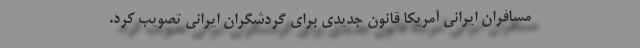
مسافران ایرانی آمریکا قانون جدیدی برای گردشگران ایرانی تصویب کرد.